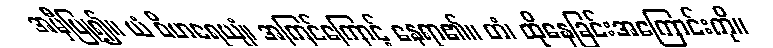
အမှီပြု၍။ ယံ ဝိဟရေယျံ၊ အကြင်ကြောင့် နေရာ၏။ တံ၊ ထိုနေခြင်းအကြောင်းကို။